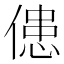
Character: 𠌼